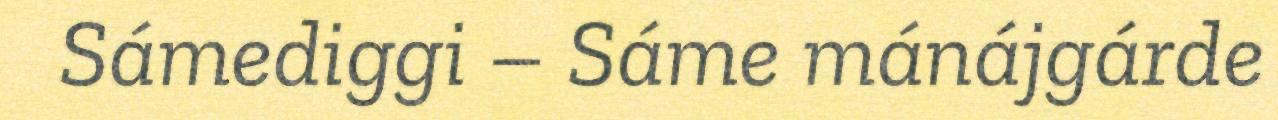
Sámediggi – Sáme mánájgárde